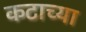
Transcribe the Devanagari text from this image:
कटाच्या